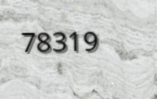
78319